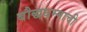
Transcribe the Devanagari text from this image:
बौद्धधम्माची